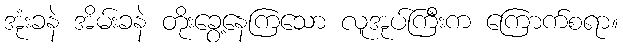
အုံးခနဲ အိမ်းခနဲ တိုးခွေ့နေကြသော လူအုပ်ကြီးက ကြောက်စရာ။